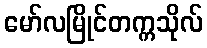
မော်လမြိုင်တက္ကသိုလ်